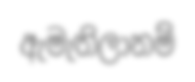
ඇමැතිලානම්